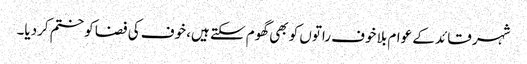
شہر قائد کے عوام بلا خوف راتوں کو بھی گھوم سکتے ہیں، خوف کی فضا کو ختم کردیا۔